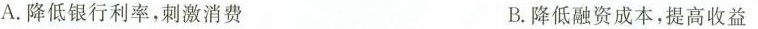
A.降低银行利率，刺激消费 B.降低融资成本，提高收益